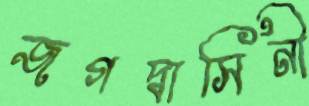
জগদ্বাসিনী